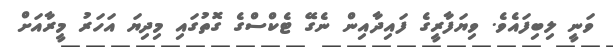
ވަނީ ލިބިފައެވެ. ވިޔަފާރީގެ ފައިދާއިން ނެގޭ ޓެކްސްގެ ގޮތުގައި މިދިޔަ އަހަރު މީރާއަށް